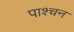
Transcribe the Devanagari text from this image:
पाश्चन